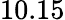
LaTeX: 10.15